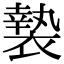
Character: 褺